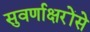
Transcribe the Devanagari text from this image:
सुवर्णाक्षरोंसे